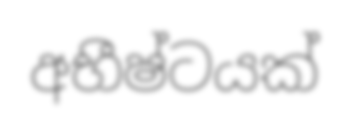
අභීෂ්ටයක්